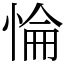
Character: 惀